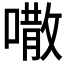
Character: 𠾎